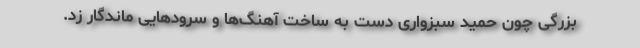
بزرگی چون حمید سبزواری دست به ساخت آهنگ‌ها و سرودهایی ماندگار زد.